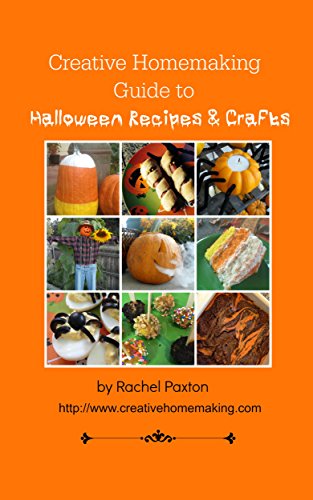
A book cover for Creative Homemaking Guide to Halloween Recipes and Crafts; Rachel Paxton; Cookbooks, Food & Wine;